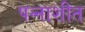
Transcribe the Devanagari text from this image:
पन्‍नाशीत